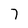
Character: 7